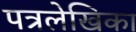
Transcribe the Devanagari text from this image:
पत्रलेखिका